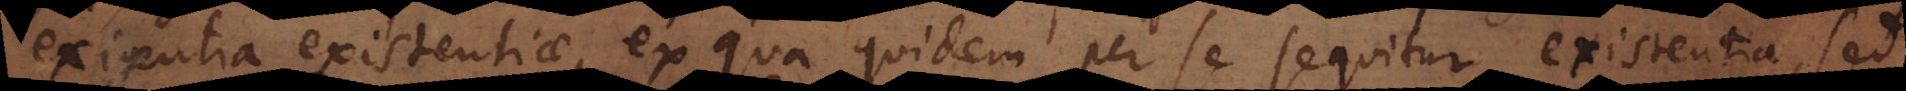
exigentia existentiae, ex qua quidem per se sequitur existentia, sed